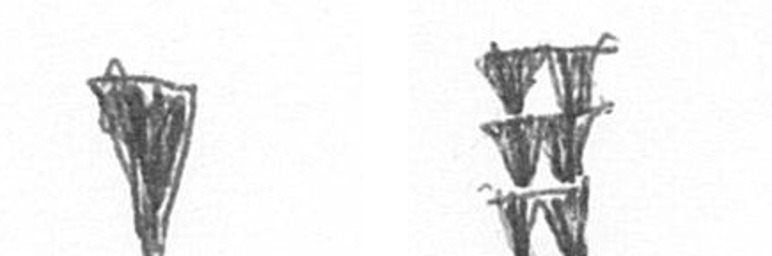
J Y